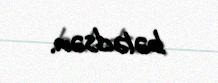
bələdsən.